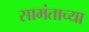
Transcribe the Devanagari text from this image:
सामंताच्या